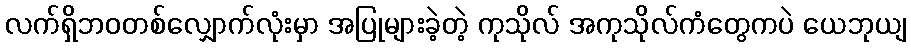
လက်ရှိဘဝတစ်လျှောက်လုံးမှာ အပြုများခဲ့တဲ့ ကုသိုလ် အကုသိုလ်ကံတွေကပဲ ယေဘုယျ